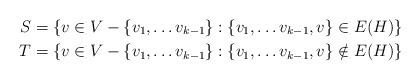
LaTeX: \begin{align*} S & = \{v\in V-\{v_1,\dots v_{k-1}\}: \{v_1,\dots v_{k-1},v\}\in E(H)\}\\ T & = \{v\in V-\{v_1,\dots v_{k-1}\}: \{v_1,\dots v_{k-1},v\}\notin E(H)\}\end{align*}